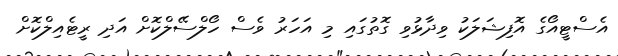
އެސްޓީއޯގެ އޮފިޝަލަކު ވިދާޅުވި ގޮތުގައި މި އަހަރު ވެސް ހޯލްސޭލްކޮށް އަދި ރީޓެއިލްކޮށް